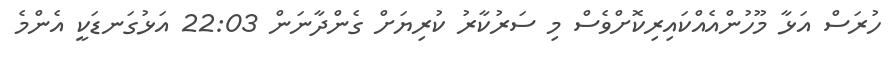
ހުރަސް އަޅާ މޫހުންއެއްކައިރިކޮށްވެސް މި ސަރުކާރު ކުރިޔަށް ގެންދާނަން 22:03 އަޅުގަނޑަކީ އެންމެ